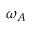
\omega _ { A }